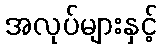
အလုပ်များနှင့်